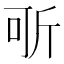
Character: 㪼